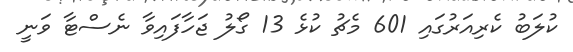
ކުލަބު ކެރިއަރުގައި 601 މެޗު ކުޅެ 13 ގޯލު ޖަހާފައިވާ ނެސްޓާ ވަނީ